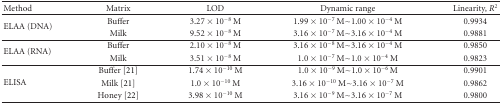
| Method | Matrix | LOD | Dynamic range | Linearity, R2 |
 | --- | --- | --- | --- | --- |
 | <ROWSPAN=2> ELAA (DNA) | Buffer | 3.27 × 10−8 M | 1.99 × 10−7 M~1.00 × 10−4 M | 0.9934 |
 | Milk | 9.52 × 10−8 M | 3.16 × 10−7 M~3.16 × 10−4 M | 0.9881 |
 | <ROWSPAN=2> ELAA (RNA) | Buffer | 2.10 × 10−8 M | 3.16 × 10−8 M~3.16 × 10−4 M | 0.9850 |
 | Milk | 3.51 × 10−8 M | 1.0 × 10−7 M~1.0 × 10−4 M | 0.9823 |
 | <ROWSPAN=3> ELISA | Buffer [21] | 1.74 × 10−10 M | 1.0 × 10−9 M~1.0 × 10−6 M | 0.9901 |
 | Milk [21] | 1.0 × 10−10 M | 3.16 × 10−10 M~3.16 × 10−7 M | 0.9862 |
 | Honey [22] | 3.98 × 10−10 M | 3.16 × 10−9 M~3.16 × 10−7 M | 0.9800 |